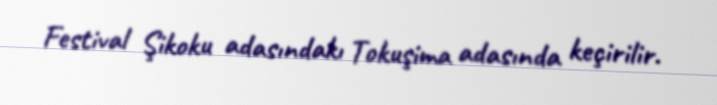
Festival Şikoku adasındakı Tokuşima adasında keçirilir.